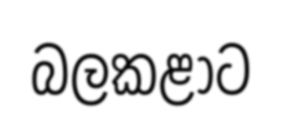
බලකළාට